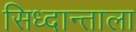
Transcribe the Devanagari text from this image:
सिध्दान्ताला